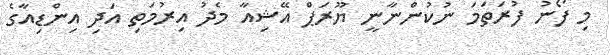
މި ފޯނު ފުރަތަމަ ނުކުންނާނީ ޔޫރަޕް އޭޝިއާ މެދު އިރުމަތި އަދި އިންޑިއާގެ